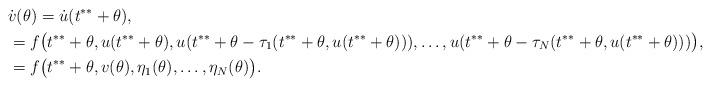
LaTeX: \begin{align*}&\dot v(\theta)=\dot u(t^{**}+\theta),\\&= f\bigl(t^{**} +\theta,u(t^{**}+\theta),u(t^{**}+\theta-\tau_1(t^{**}+\theta,u(t^{**}+\theta)) ),\dotsc, u(t^{**}+\theta-\tau_N(t^{**}+\theta,u(t^{**}+\theta)))\bigr),\\&= f\bigl(t^{**} +\theta,v(\theta),\eta_1(\theta),\dotsc,\eta_N(\theta)\bigr).\end{align*}